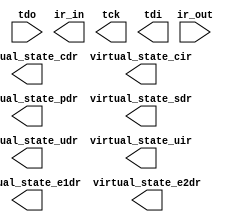
// This program was cloned from: https://github.com/binary-logic/vj-uart
// License: GNU General Public License v3.0

// megafunction wizard: %Virtual JTAG%VBB%
// GENERATION: STANDARD
// VERSION: WM1.0
// MODULE: sld_virtual_jtag 

// ============================================================
// Megafunction Name(s):
// 			sld_virtual_jtag
//
// Simulation Library Files(s):
// 			
// ============================================================
// ************************************************************
// THIS IS A WIZARD-GENERATED FILE. DO NOT EDIT THIS FILE!
//
// 13.1.4 Build 182 03/12/2014 SJ Web Edition
// ************************************************************

//Copyright (C) 1991-2014 Altera Corporation
//Your use of Altera Corporation's design tools, logic functions 
//and other software and tools, and its AMPP partner logic 
//functions, and any output files from any of the foregoing 
//(including device programming or simulation files), and any 
//associated documentation or information are expressly subject 
//to the terms and conditions of the Altera Program License 
//Subscription Agreement, Altera MegaCore Function License 
//Agreement, or other applicable license agreement, including, 
//without limitation, that your use is for the sole purpose of 
//programming logic devices manufactured by Altera and sold by 
//Altera or its authorized distributors.  Please refer to the 
//applicable agreement for further details.

module vjtag (
	ir_out,
	tdo,
	ir_in,
	tck,
	tdi,
	virtual_state_cdr,
	virtual_state_cir,
	virtual_state_e1dr,
	virtual_state_e2dr,
	virtual_state_pdr,
	virtual_state_sdr,
	virtual_state_udr,
	virtual_state_uir);

	input	[1:0]  ir_out;
	input	  tdo;
	output	[1:0]  ir_in;
	output	  tck;
	output	  tdi;
	output	  virtual_state_cdr;
	output	  virtual_state_cir;
	output	  virtual_state_e1dr;
	output	  virtual_state_e2dr;
	output	  virtual_state_pdr;
	output	  virtual_state_sdr;
	output	  virtual_state_udr;
	output	  virtual_state_uir;

endmodule

// ============================================================
// CNX file retrieval info
// ============================================================
// Retrieval info: PRIVATE: INTENDED_DEVICE_FAMILY STRING "Cyclone IV E"
// Retrieval info: PRIVATE: show_jtag_state STRING "0"
// Retrieval info: LIBRARY: altera_mf altera_mf.altera_mf_components.all
// Retrieval info: CONSTANT: SLD_AUTO_INSTANCE_INDEX STRING "NO"
// Retrieval info: CONSTANT: SLD_INSTANCE_INDEX NUMERIC "0"
// Retrieval info: CONSTANT: SLD_IR_WIDTH NUMERIC "2"
// Retrieval info: CONSTANT: SLD_SIM_ACTION STRING "((0,2,0,4),(0,1,1,2),(0,2,12,8),(0,2,34,8),(0,2,56,8),(0,1,0,2),(0,2,0,8),(0,2,0,8),(0,2,0,8),(0,2,0,8),(0,2,0,8),(0,2,0,8),(0,2,0,8),(0,2,0,8),(0,2,0,8),(0,2,0,8),(0,2,0,8),(0,2,0,8),(0,2,0,8),(0,2,0,8),(0,2,0,8),(0,2,0,8),(0,2,0,8),(0,2,0,8),(0,2,0,8),(0,2,0,8),(0,2,0,8),(0,2,0,8),(0,2,0,8),(0,2,0,8),(0,2,0,8),(0,2,0,8),(0,2,0,8),(0,2,0,8),(0,2,0,8),(0,2,0,8),(0,2,0,8),(0,2,0,8),(0,2,0,8),(0,2,0,8),(0,2,0,8))"
// Retrieval info: CONSTANT: SLD_SIM_N_SCAN NUMERIC "41"
// Retrieval info: CONSTANT: SLD_SIM_TOTAL_LENGTH NUMERIC "312"
// Retrieval info: USED_PORT: ir_in 0 0 2 0 OUTPUT NODEFVAL "ir_in[1..0]"
// Retrieval info: USED_PORT: ir_out 0 0 2 0 INPUT NODEFVAL "ir_out[1..0]"
// Retrieval info: USED_PORT: tck 0 0 0 0 OUTPUT NODEFVAL "tck"
// Retrieval info: USED_PORT: tdi 0 0 0 0 OUTPUT NODEFVAL "tdi"
// Retrieval info: USED_PORT: tdo 0 0 0 0 INPUT NODEFVAL "tdo"
// Retrieval info: USED_PORT: virtual_state_cdr 0 0 0 0 OUTPUT NODEFVAL "virtual_state_cdr"
// Retrieval info: USED_PORT: virtual_state_cir 0 0 0 0 OUTPUT NODEFVAL "virtual_state_cir"
// Retrieval info: USED_PORT: virtual_state_e1dr 0 0 0 0 OUTPUT NODEFVAL "virtual_state_e1dr"
// Retrieval info: USED_PORT: virtual_state_e2dr 0 0 0 0 OUTPUT NODEFVAL "virtual_state_e2dr"
// Retrieval info: USED_PORT: virtual_state_pdr 0 0 0 0 OUTPUT NODEFVAL "virtual_state_pdr"
// Retrieval info: USED_PORT: virtual_state_sdr 0 0 0 0 OUTPUT NODEFVAL "virtual_state_sdr"
// Retrieval info: USED_PORT: virtual_state_udr 0 0 0 0 OUTPUT NODEFVAL "virtual_state_udr"
// Retrieval info: USED_PORT: virtual_state_uir 0 0 0 0 OUTPUT NODEFVAL "virtual_state_uir"
// Retrieval info: CONNECT: @ir_out 0 0 2 0 ir_out 0 0 2 0
// Retrieval info: CONNECT: @tdo 0 0 0 0 tdo 0 0 0 0
// Retrieval info: CONNECT: ir_in 0 0 2 0 @ir_in 0 0 2 0
// Retrieval info: CONNECT: tck 0 0 0 0 @tck 0 0 0 0
// Retrieval info: CONNECT: tdi 0 0 0 0 @tdi 0 0 0 0
// Retrieval info: CONNECT: virtual_state_cdr 0 0 0 0 @virtual_state_cdr 0 0 0 0
// Retrieval info: CONNECT: virtual_state_cir 0 0 0 0 @virtual_state_cir 0 0 0 0
// Retrieval info: CONNECT: virtual_state_e1dr 0 0 0 0 @virtual_state_e1dr 0 0 0 0
// Retrieval info: CONNECT: virtual_state_e2dr 0 0 0 0 @virtual_state_e2dr 0 0 0 0
// Retrieval info: CONNECT: virtual_state_pdr 0 0 0 0 @virtual_state_pdr 0 0 0 0
// Retrieval info: CONNECT: virtual_state_sdr 0 0 0 0 @virtual_state_sdr 0 0 0 0
// Retrieval info: CONNECT: virtual_state_udr 0 0 0 0 @virtual_state_udr 0 0 0 0
// Retrieval info: CONNECT: virtual_state_uir 0 0 0 0 @virtual_state_uir 0 0 0 0
// Retrieval info: GEN_FILE: TYPE_NORMAL vjtag.v TRUE
// Retrieval info: GEN_FILE: TYPE_NORMAL vjtag.inc FALSE
// Retrieval info: GEN_FILE: TYPE_NORMAL vjtag.cmp FALSE
// Retrieval info: GEN_FILE: TYPE_NORMAL vjtag.bsf FALSE
// Retrieval info: GEN_FILE: TYPE_NORMAL vjtag_inst.v FALSE
// Retrieval info: GEN_FILE: TYPE_NORMAL vjtag_bb.v TRUE